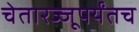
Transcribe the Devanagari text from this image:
चेतारज्जूपर्यंतच